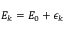
{ \cal E } _ { k } = { \cal E } _ { 0 } + \epsilon _ { k }